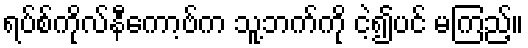
ရပ်စ်ကိုလ်နီကော့ဗ်က သူ့ဘက်ကို ငဲ့၍ပင် မကြည့်။